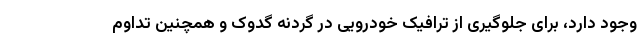
وجود دارد، برای جلوگیری از ترافیک خودرویی در گردنه گدوک و همچنین تداوم